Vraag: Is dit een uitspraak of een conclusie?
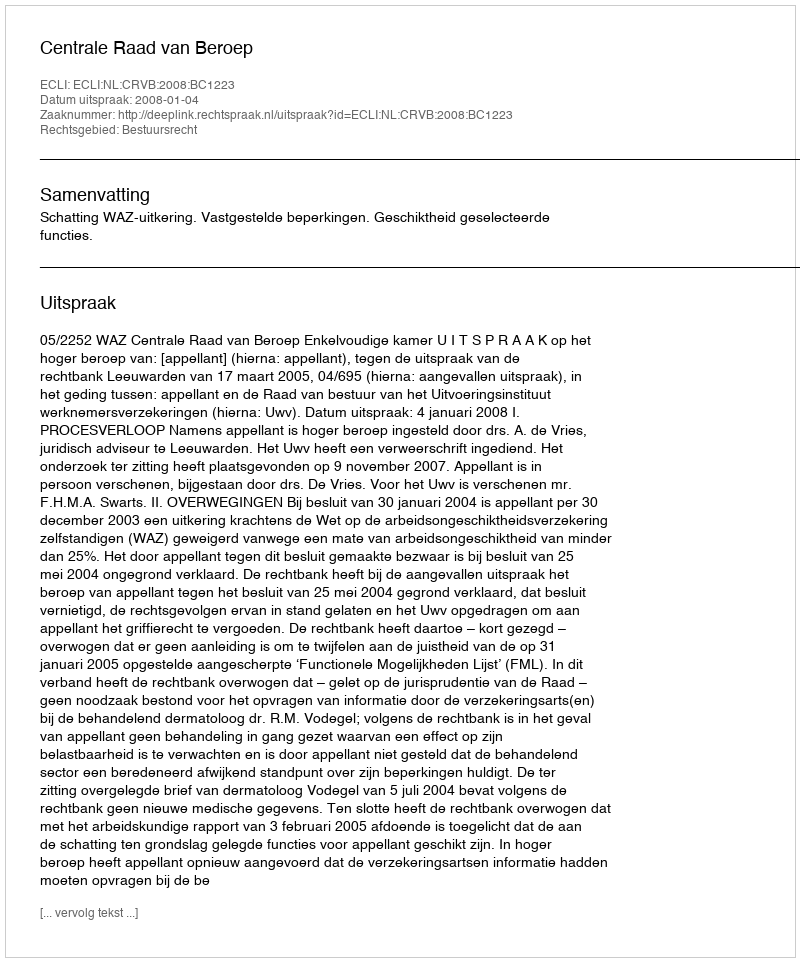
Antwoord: Uitspraak